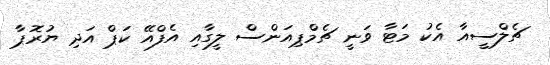
ޗެލްސީއާ އެކު މަޓާ ވަނީ ޗެމްޕިއަންސް ލީގާއި އެފްއޭ ކަޕް އަދި ޔުރޮޕާ